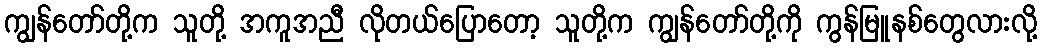
ကျွန်တော်တို့က သူတို့ အကူအညီ လိုတယ်ပြောတော့ သူတို့က ကျွန်တော်တို့ကို ကွန်မြူနစ်တွေလားလို့